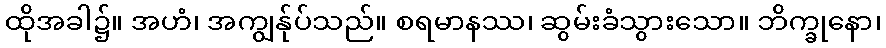
ထိုအခါ၌။ အဟံ၊ အကျွန်ုပ်သည်။ စရမာနဿ၊ ဆွမ်းခံသွားသော။ ဘိက္ခုနော၊